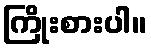
ကြိုးစားပါ။